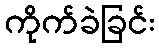
ကိုက်ခဲခြင်း